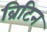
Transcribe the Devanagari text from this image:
ब्रिटिन